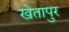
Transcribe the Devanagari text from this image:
खेतापुर